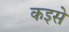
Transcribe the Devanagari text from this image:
कइसे